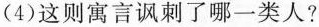
(4)这则寓言讽刺了哪一类人?